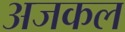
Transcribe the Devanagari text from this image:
अजकल